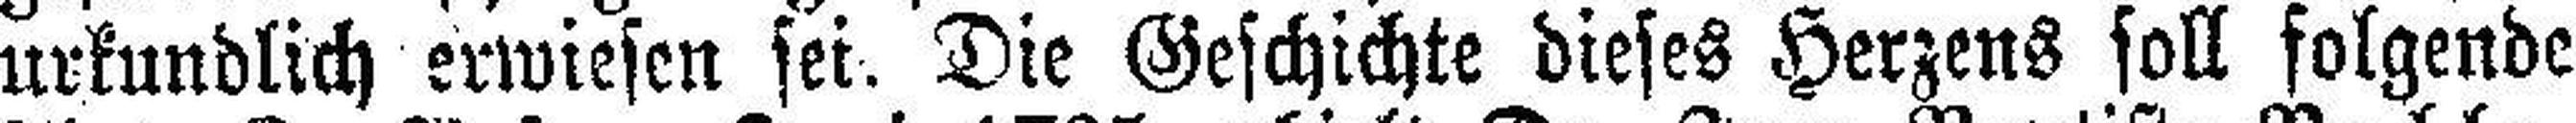
urkundlich erwiesen sei. Die Geschichte dieses Herzens soll folgende